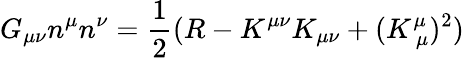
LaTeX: G_{\mu\nu}n^{\mu}n^{\nu}={\frac{1}{2}}(R-K^{\mu\nu}K_{\mu\nu}+(K_{~\mu}^{\mu})^{2})